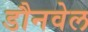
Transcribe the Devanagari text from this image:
डौनवेल